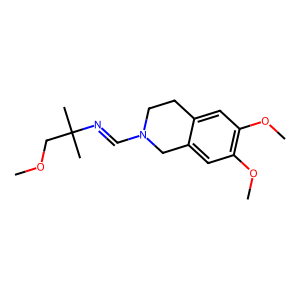
SMILES: COCC(C)(C)N=CN1CCc2cc(OC)c(OC)cc2C1
Inhibits HIV replication: No